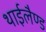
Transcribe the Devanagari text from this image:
थाईलैण्‍ड